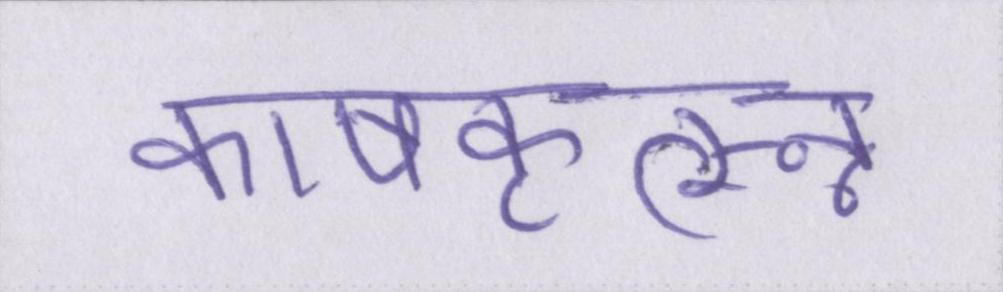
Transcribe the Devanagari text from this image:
काषकृत्स्न